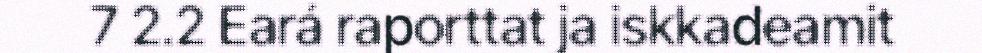
7 2.2 Eará raporttat ja iskkadeamit